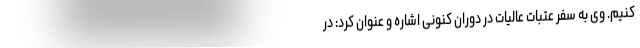
کنیم. وی به سفر عتبات عالیات در دوران کنونی اشاره و عنوان کرد: در